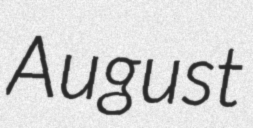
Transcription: August